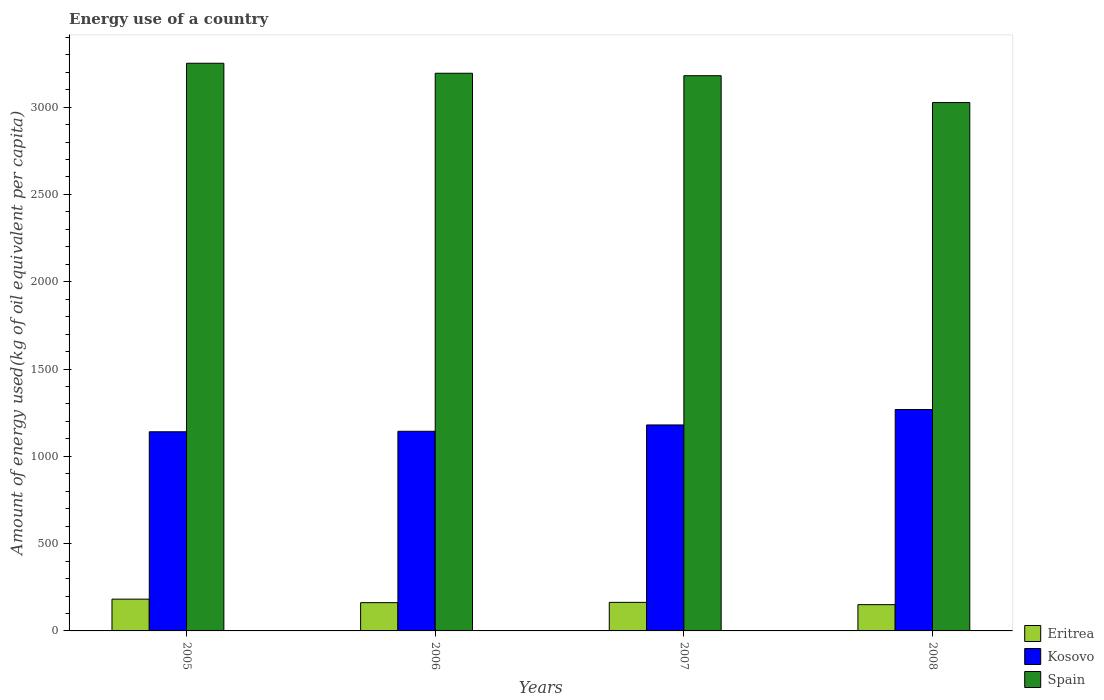
| Years | Eritrea | Kosovo | Spain |
 | --- | --- | --- | --- |
 | 2005 | 182 | 1.14e+03 | 3.25e+03 |
 | 2006 | 162 | 1.14e+03 | 3.19e+03 |
 | 2007 | 164 | 1.18e+03 | 3.18e+03 |
 | 2008 | 150 | 1.27e+03 | 3.03e+03 |